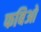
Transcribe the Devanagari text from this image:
फबिओ